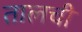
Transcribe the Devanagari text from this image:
तालची